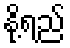
နို့ရည်